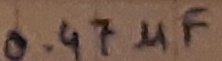
Text: 0.47µF